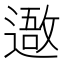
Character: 䢩